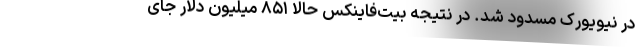
در نیویورک مسدود شد. در نتیجه بیت‌فاینکس حالا ۸۵۱ میلیون دلار جای